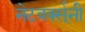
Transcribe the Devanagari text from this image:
नेटवर्क्स्‌नी